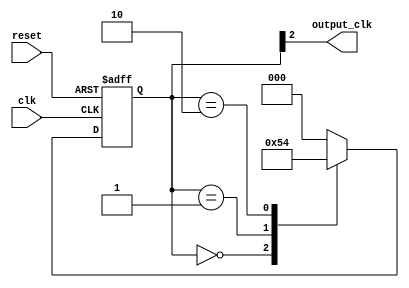
module johnston_counter(
  input wire clk,
  input wire reset,
  output reg output_clk
);

reg [2:0] count;

always @(posedge clk or posedge reset) begin
  if (reset) begin
    count <= 3'b000;
  end else begin
    case(count)
      3'b000: count <= 3'b001;
      3'b001: count <= 3'b010;
      3'b010: count <= 3'b100;
      3'b100: count <= 3'b000;
      default: count <= 3'b000;
    endcase
  end
end

assign output_clk = count[2];

endmodule